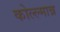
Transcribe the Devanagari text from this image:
कोल्ल्मान्न